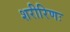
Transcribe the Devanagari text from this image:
शरीरिणः